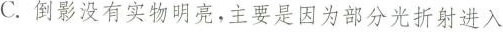
C. 倒影没有实物明亮，主要是因为部分光折射进入